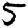
Digit: 5